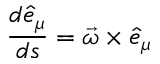
\frac { d \hat { e } _ { \mu } } { d s } = \vec { \omega } \times \hat { e } _ { \mu }